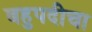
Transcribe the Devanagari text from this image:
बहुपदीचा